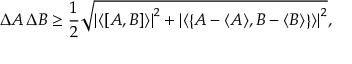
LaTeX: \Delta A \, \Delta B \geq { \frac { 1 } { 2 } } { \sqrt { \left| \left\langle \left[ { A } , { B } \right] \right\rangle \right| ^ { 2 } + \left| \left\langle \left\{ A - \langle A \rangle , B - \langle B \rangle \right\} \right\rangle \right| ^ { 2 } } } ,